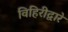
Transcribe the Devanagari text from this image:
विहिरीद्वारे